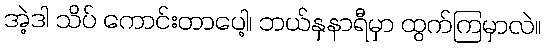
အဲ့ဒါ သိပ် ကောင်းတာပေါ့၊ ဘယ်နှနာရီမှာ ထွက်ကြမှာလဲ။